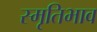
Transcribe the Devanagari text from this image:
स्मृतिभाव